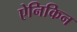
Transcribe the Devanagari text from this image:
ऐनिकिन